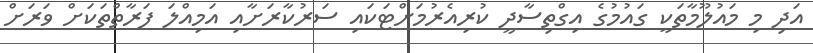
އަދި މި މައުލޫމާތަކީ ގައުމުގެ އިގްތިސާދީ ކުރިއެރުމަށްޓަކައި ސަރުކާރަށާއި އަމިއްލަ ފަރާތްތަކަށް ވަރަށް